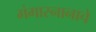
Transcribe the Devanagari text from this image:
गंगास्नानाचे